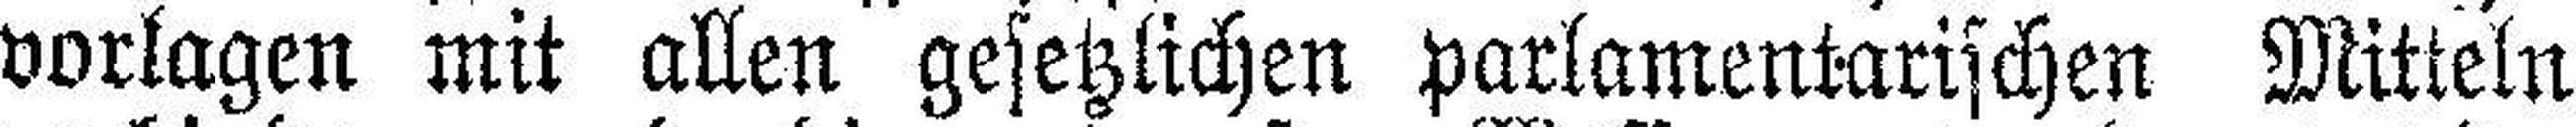
vorlagen mit allen gesetzlichen parlamentarischen Mitteln